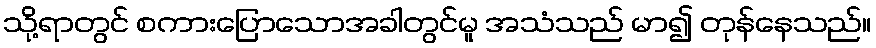
သို့ရာတွင် စကားပြောသောအခါတွင်မူ အသံသည် မာ၍ တုန်နေသည်။